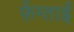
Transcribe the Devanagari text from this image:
फ़ेंग्ताई